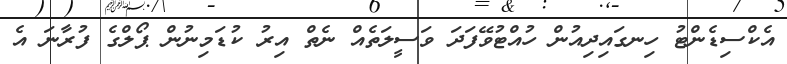
އެކްސިޑެންޓު ހިނގައިދިއުން ހުއްޓުވޭފަދަ ވަސީލަތެއް ނެތް އިރު ކުޑަމިނުން ޕޯލްގެ ފުރާނަ އެ